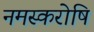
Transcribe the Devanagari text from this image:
नमस्करोषि